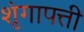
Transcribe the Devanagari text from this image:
शृंगापत्ती